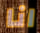
انا